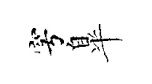
穹臯